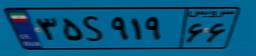
۵۵S۲۲۵۷۳